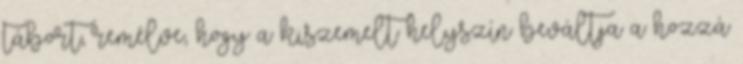
tábort, remélve, hogy a kiszemelt helyszín beváltja a hozzá